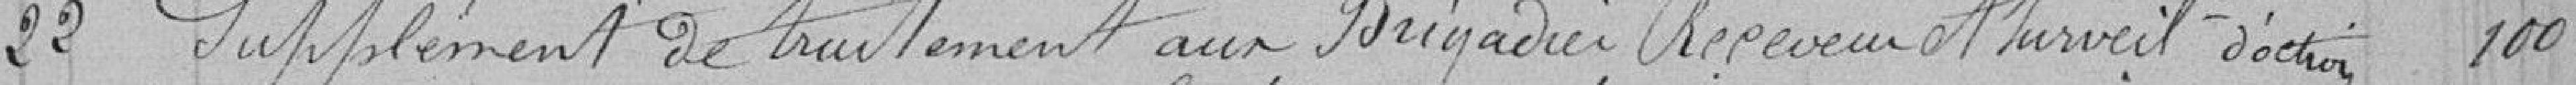
22 - Supplément de traitement aux Brigadier, Receveur et Surveillants d'octroi 100